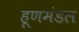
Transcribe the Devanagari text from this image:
हूणमंडल